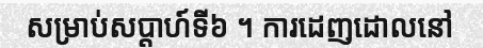
សម្រាប់សប្តាហ៍ទី៦ ។ ការដេញដោលនៅ